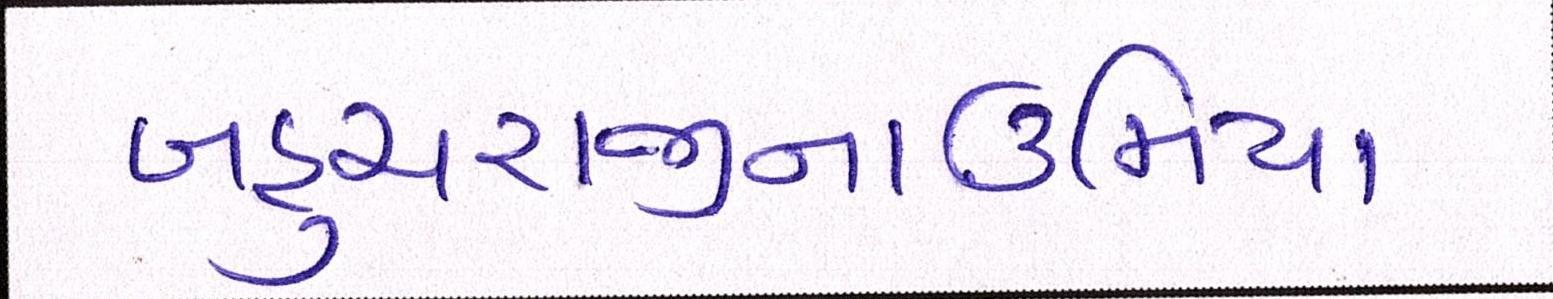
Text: બહુચરાજીનાઉમિયા